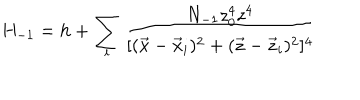
LaTeX: H _ { - 1 } = h + \sum _ { i } \frac { N _ { - 1 } z _ { 0 } ^ { 4 } z ^ { 4 } } { [ ( \vec { x } - \vec { x } _ { i } ) ^ { 2 } + ( \vec { z } - \vec { z } _ { i } ) ^ { 2 } ] ^ { 4 } }